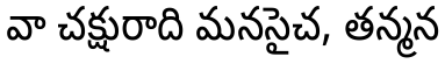
వా చక్షురాది మనసైచ, తన్మన